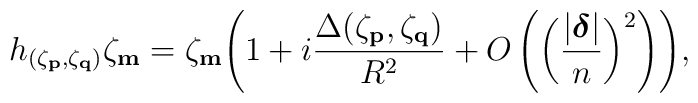
h_{(\zeta_{\bf p},\zeta_{\bf q})}\zeta_{\bf m}=\zeta_{\bf m}\Biggl(1 +i\frac{\Delta(\zeta_{\bf p},\zeta_{\bf q})}{ R^2}+ O \left(\biggl(\frac{|\mbox{\boldmath$\delta$}|}{n}\biggr)^2\right)\Biggr),